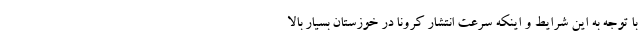
با توجه به این شرایط و اینکه سرعت انتشار کرونا در خوزستان بسیار بالا